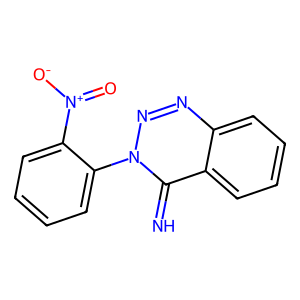
SMILES: N=c1c2ccccc2nnn1-c1ccccc1[N+](=O)[O-]
Inhibits HIV replication: No